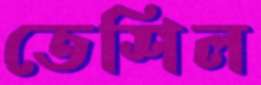
তেশিল